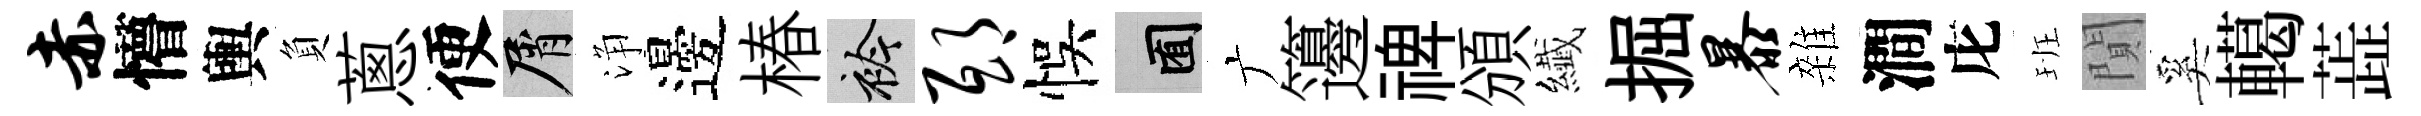
赤懵輿負蔥便屑浄邊椿衿邸悞囿广籩禆頒纎掘暴雜澗庀班閴奚轕蕋